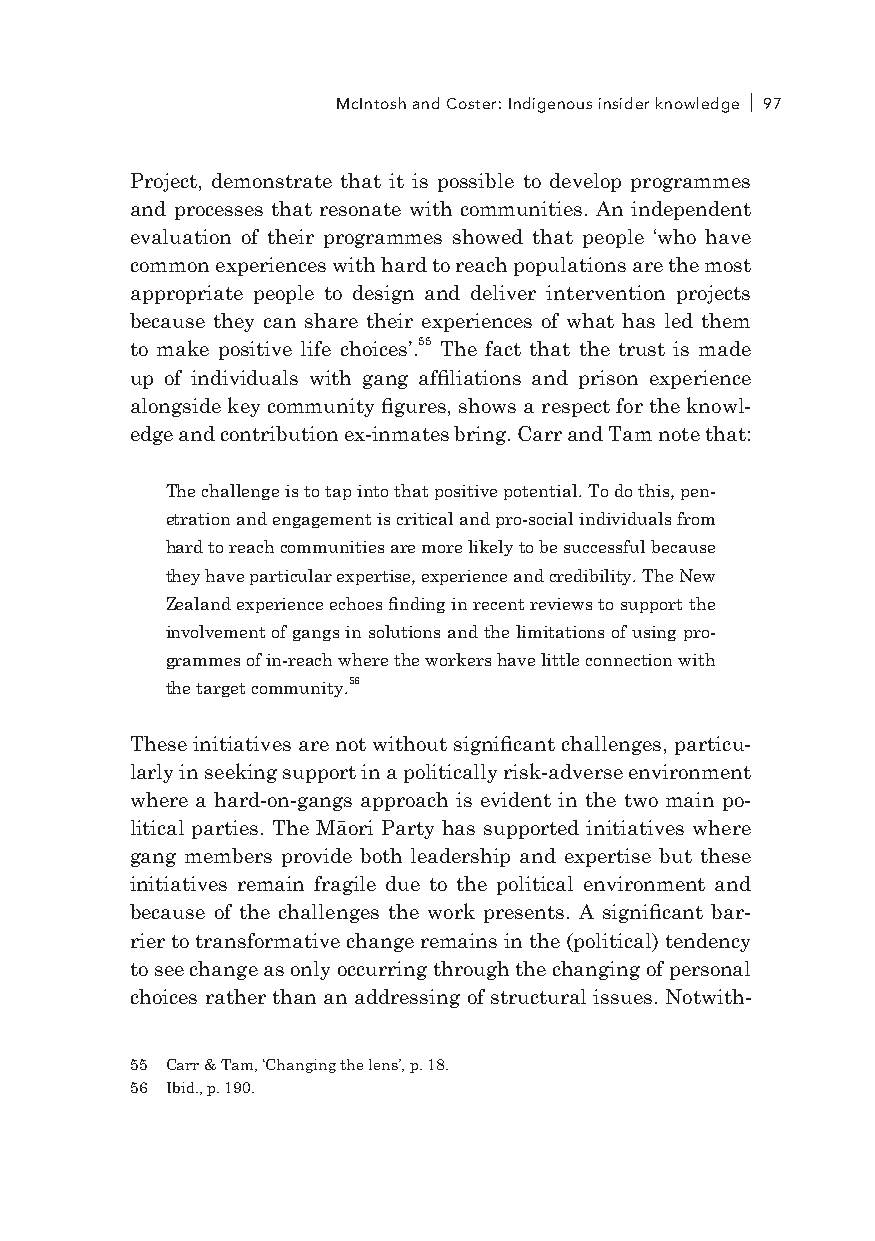
McIntosh and Coster: Indigenous insider knowledge 97
 Project, demonstrate that it is possible to develop programmes
 and processes that resonate with communities. An independent
 evaluation of their programmes showed that people ‘who have
 common experiences with hard to reach populations are the most
 appropriate people to design and deliver intervention projects
 because they can share their experiences of what has led them
 to make positive life choices’.55 The fact that the trust is made
 up of individuals with gang affiliations and prison experience
 alongside key community figures, shows a respect for the knowl-
 edge and contribution ex-inmates bring. Carr and Tam note that:
 The challenge is to tap into that positive potential. To do this, pen-
 etration and engagement is critical and pro-social individuals from
 hard to reach communities are more likely to be successful because
 they have particular expertise, experience and credibility. The New
 Zealand experience echoes finding in recent reviews to support the
 involvement of gangs in solutions and the limitations of using pro-
 grammes of in-reach where the workers have little connection with
 the target community.56
 These initiatives are not without significant challenges, particu-
 larly in seeking support in a politically risk-adverse environment
 where a hard-on-gangs approach is evident in the two main po-
 litical parties. The Māori Party has supported initiatives where
 gang members provide both leadership and expertise but these
 initiatives remain fragile due to the political environment and
 because of the challenges the work presents. A significant bar-
 rier to transformative change remains in the (political) tendency
 to see change as only occurring through the changing of personal
 choices rather than an addressing of structural issues. Notwith-
 55 Carr & Tam, ‘Changing the lens’, p. 18.
 56 Ibid., p. 190.